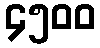
၄၅၀၀